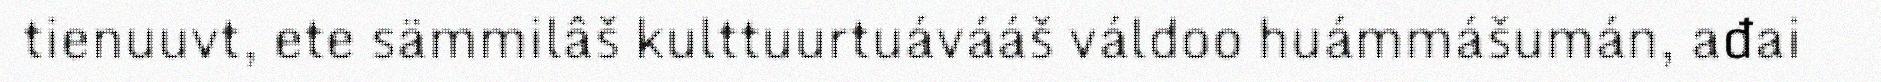
tienuuvt, ete sämmilâš kulttuurtuávááš váldoo huámmášumán, ađai